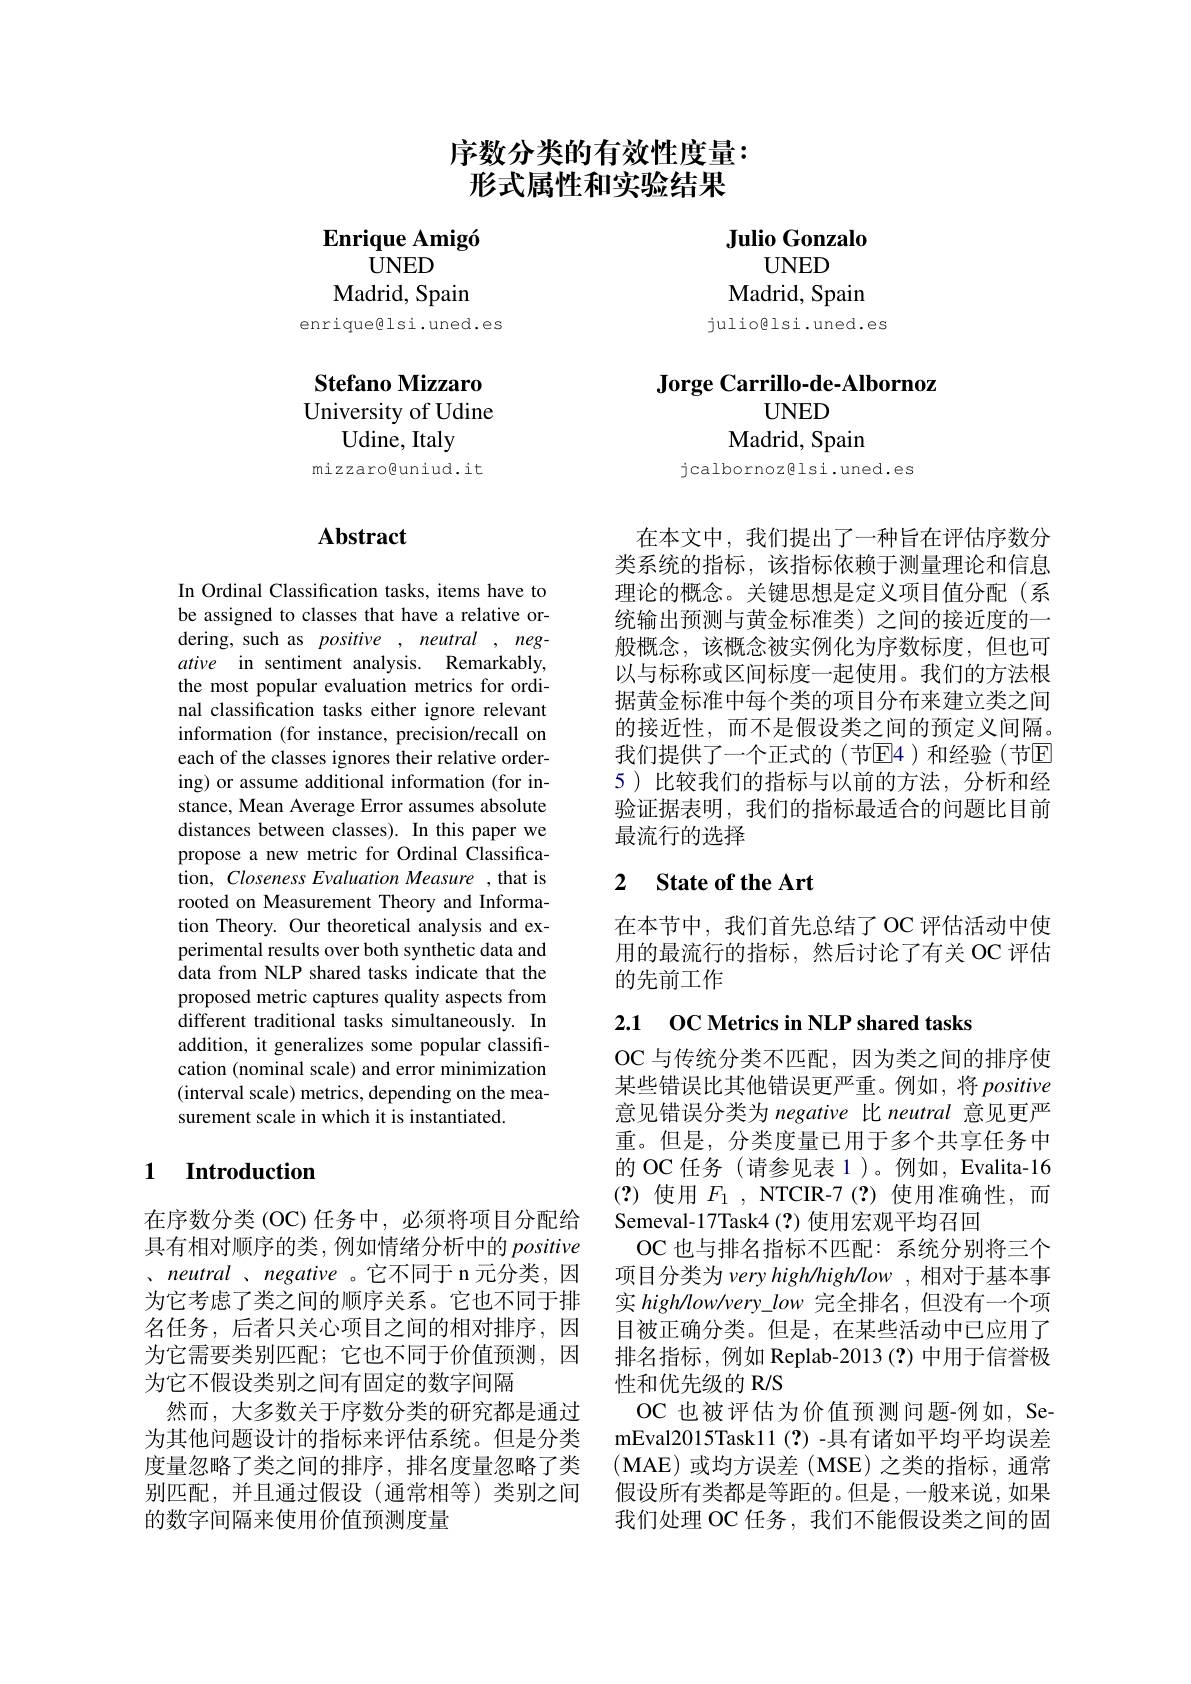
序数分类的有效性度量：
# 形式属性和实验结果

$\textbf{Enrique Amig\' {o}}$
$\dot{\text{UNED}}$
Madrid, Spain
enrique@lsi.uned.es

Stefano Mizzaro ${\mathrm{University~of~Udine}}$
Udine, Italy
mizzaro@uniud.it

# Abstract

In Ordinal Classification tasks, items have to be assigned to classes that have a relative ordering, such as positive , neutral , negative in sentiment analysis. Remarkably, the most popular evaluation metrics for ordinal classification tasks either ignore relevant information (for instance, precision/recall on each of the classes ignores their relative ordering) or assume additional information (for instance, Mean Average Error assumes absolute distances between classes). In this paper we propose a new metric for Ordinal Classification, Closeness Evaluation Measure , that is rooted on Measurement Theory and Information Theory. Our theoretical analysis and experimental results over both synthetic data and data from NLP shared tasks indicate that the proposed metric captures quality aspects from different traditional tasks simultaneously. In addition, it generalizes some popular classification (nominal scale) and error minimization (interval scale) metrics, depending on the measurement scale in which it is instantiated.

## 1 Introduction

在序数分类 (OC)任务中，必须将项目分配给具有相对顺序的类，例如情绪分析中的 positive 、neutral 、negative 。它不同于 n 元分类，因为它考虑了类之间的顺序关系。它也不同于排名任务，后者只关心项目之间的相对排序，因为它需要类别匹配；它也不同于价值预测，因为它不假设类别之间有固定的数字间隔
然而，大多数关于序数分类的研究都是通过为其他问题设计的指标来评估系统。但是分类度量忽略了类之间的排序，排名度量忽略了类别匹配，并且通过假设(通常相等)类别之间的数字间隔来使用价值预测度量

$\textbf{Julio Gonzalo}$
$UNED$
Madrid, Spain
julioglsi.uned.es

Jorge Carrillo-de-Albornoz
## $UNED$

Madrid, Spain
jcalbornozglsi.uned.es

在本文中，我们提出了一种旨在评估序数分类系统的指标，该指标依赖于测量理论和信息理论的概念。关键思想是定义项目值分配(系统输出预测与黄金标准类)之间的接近度的一般概念，该概念被实例化为序数标度，但也可以与标称或区间标度一起使用。我们的方法根据黄金标准中每个类的项目分布来建立类之间的接近性，而不是假设类之间的预定义间隔。我们提供了一个正式的(节$\mathbb{E}$4)和经验(节区5)比较我们的指标与以前的方法，分析和经验证据表明，我们的指标最适合的问题比目前最流行的选择

## 2 $\textbf{State of the Art}$

在本节中，我们首先总结了OC 评估活动中使用的最流行的指标，然后讨论了有关 OC 评估的先前工作

## 2.1 OC Metrics in NLP shared tasks

OC 与传统分类不匹配，因为类之间的排序使某些错误比其他错误更严重。例如，将positive 意见错误分类为 negative 比 neutral 意见更严重。但是，分类度量已用于多个共享任务中的 OC 任务 (请参见表 1)。例如，Evalita-16 (?)使用$F_1$, NTCIR-7(?)使用准确性，而Semeval-17Task4 (?) 使用宏观平均召回
OC 也与排名指标不匹配：系统分别将三个项目分类为 very high/high/low , 相对于基本事实 highllow/very\_low 完全排名，但没有一个项目被正确分类。但是，在某些活动中已应用了排名指标，例如 Replab-2013(?)中用于信誉极性和优先级的 R/S
OC 也被评估为价值预测问题-例如，SemEval2015Task11(?)-具有诸如平均平均误差(MAE)或均方误差(MSE)之类的指标，通常假设所有类都是等距的。但是 ,一般来说，如果我们处理 OC 任务，我们不能假设类之间的固